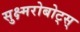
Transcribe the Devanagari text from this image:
सुक्ष्मरोबोट्स्